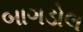
બાગડોલ